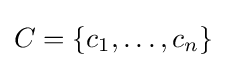
C=\{c_{1},\dots ,c_{n}\}